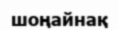
шоңайнақ